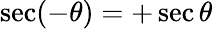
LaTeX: \sec(-\theta)=+\sec\theta